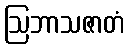
ဩဘာသဇာတံ